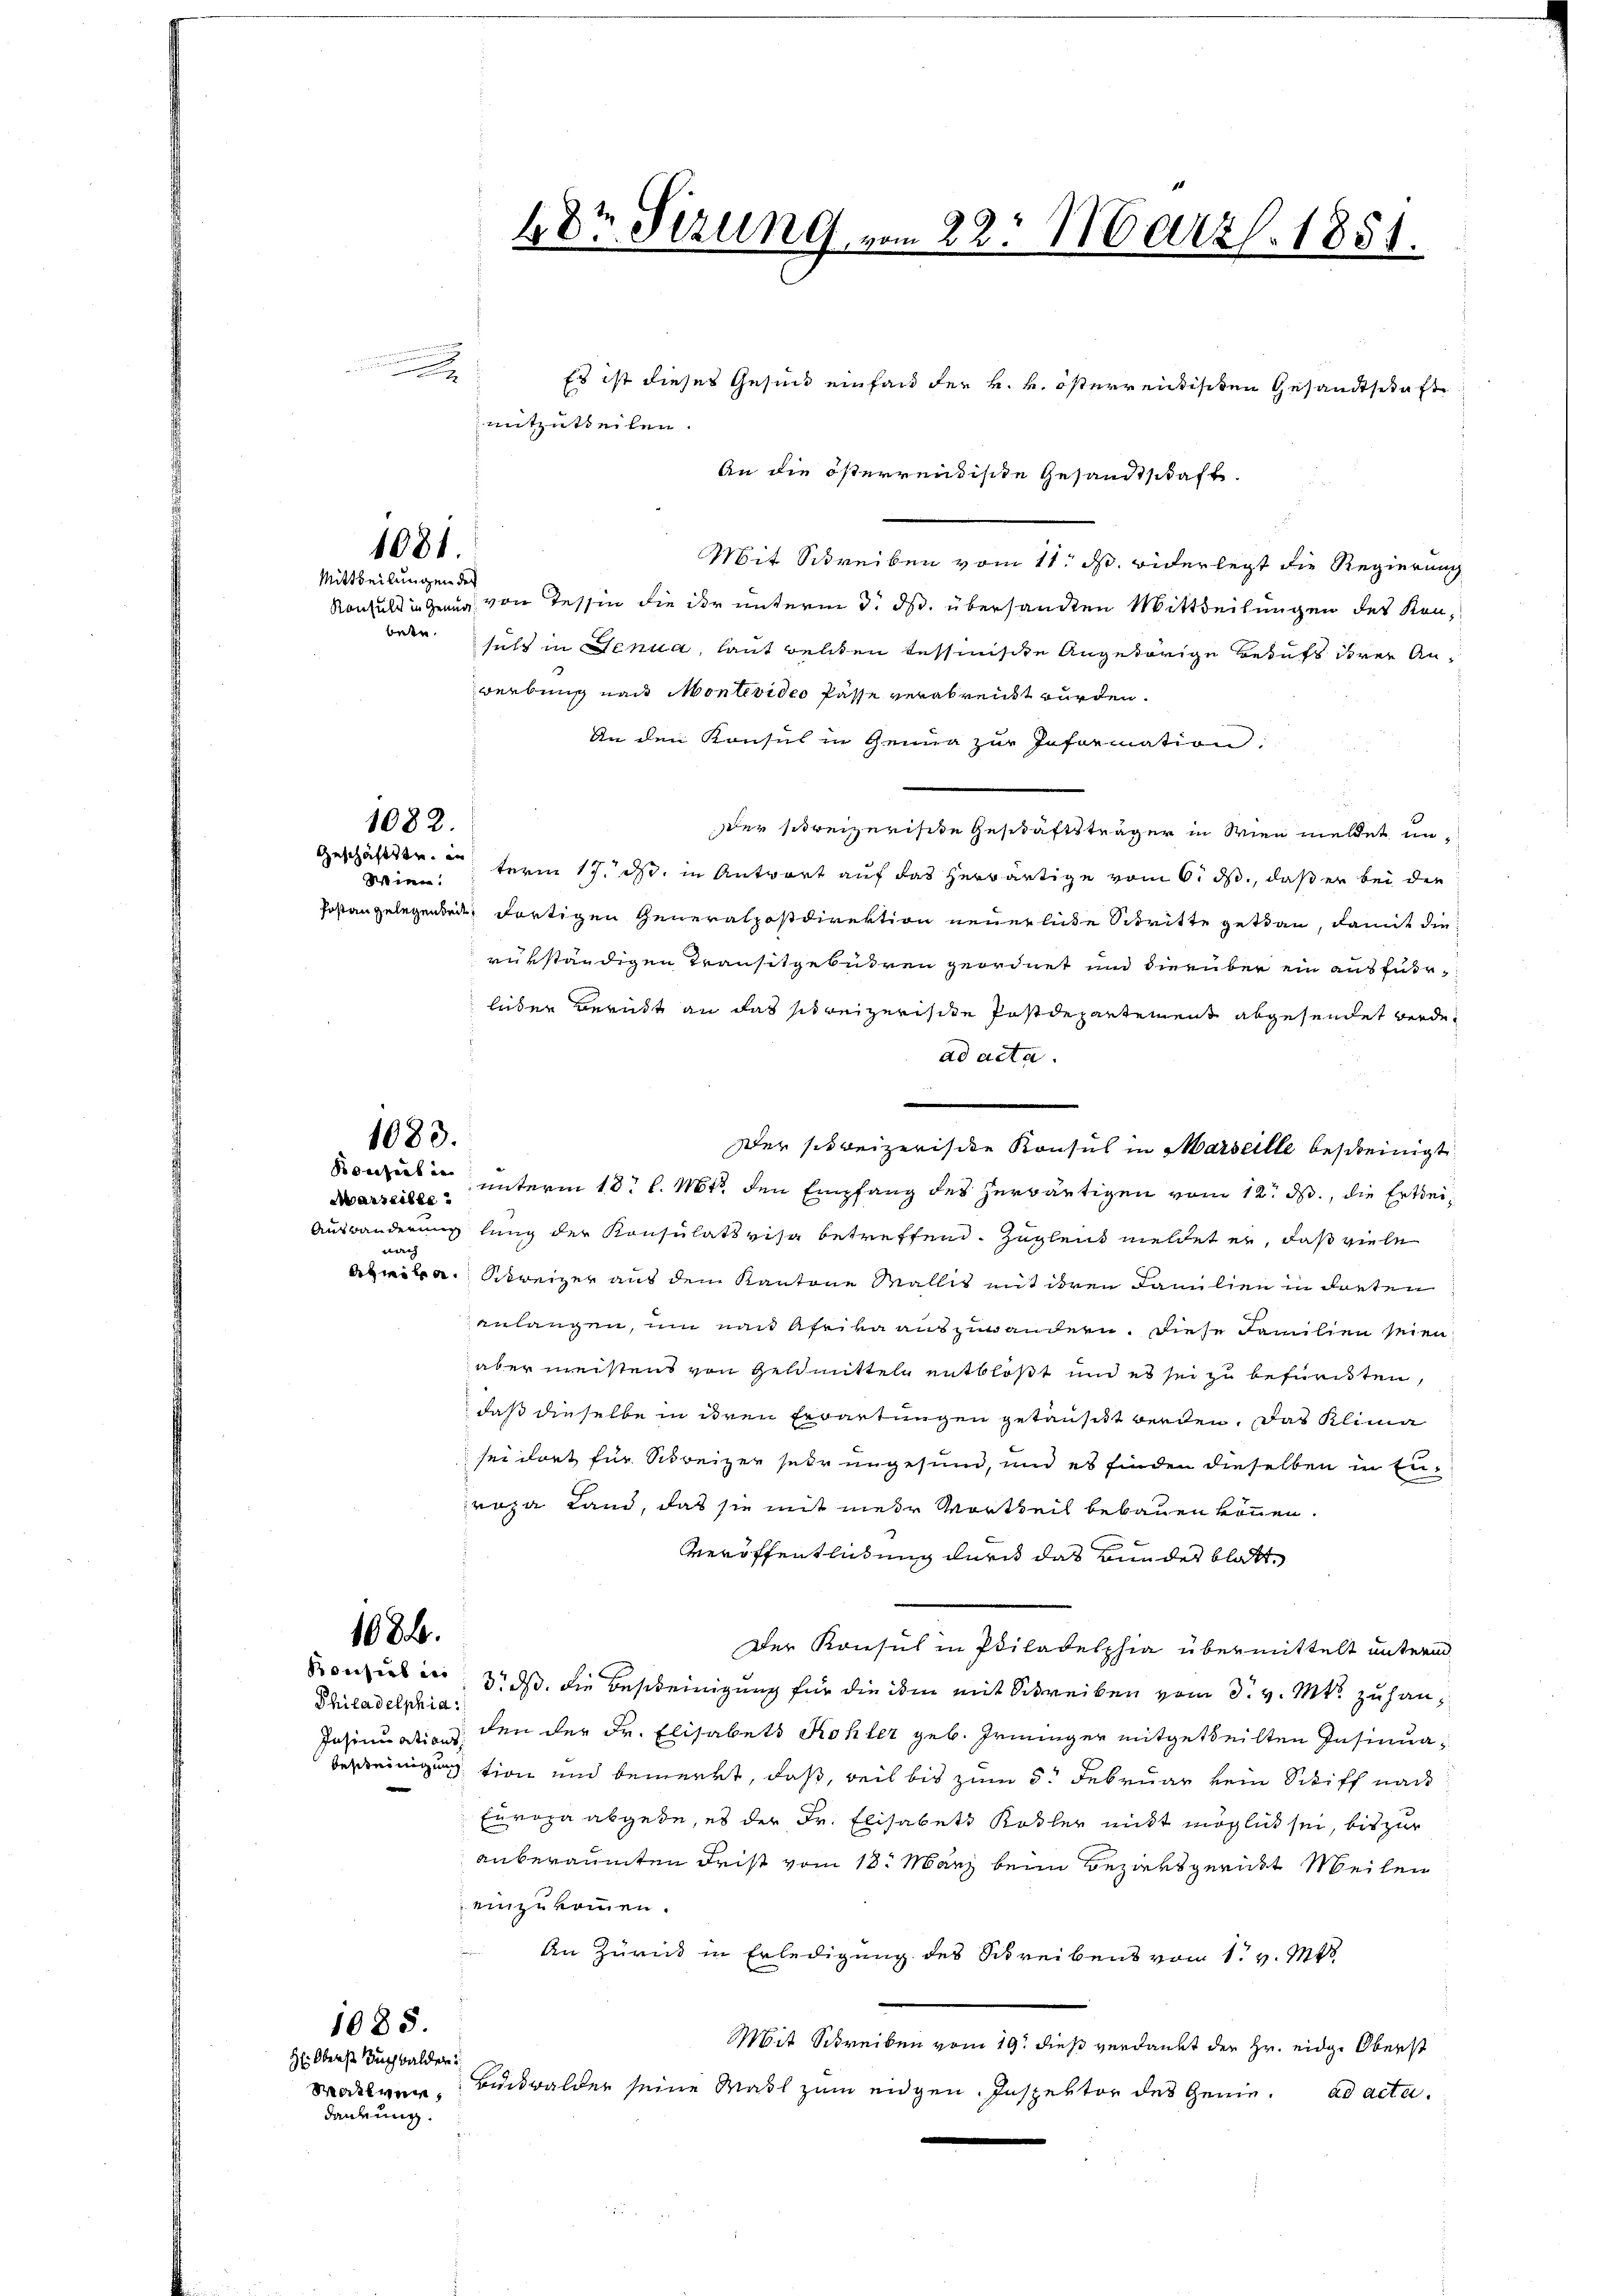
Mit Schreiben vom 11. ds. widerlegt die Regierung
Konsul in Gang von Tessin die der unterm 3. ds. übersandten Mittheilungen des Konweder sicht in Genua, laut gelten Tessinische Angehörige Behufs derer Anwerbung nach Montevideo Pässe verabreicht wurden.
An den Konsul in Genua zur Information:
dder schweizerische Geschäftsträger in Wien meldet un¬
Geschäftstr. unterm 17. ds. in Antwort auf das herwärtige vom 6. ds., daß er bei der
Postangelegenden dortigen Generalpostdirektion neuerliche Schritte getan, damit die
rükständigen Transitgebühren geordnet und hierüber ein ausführleder Beruht an das schweizerischen Postdepartement abgesendet werde.
ad acta.
er schweizerische Konsul in Marseille bescheinigt.
Konzerten unterm 13. l. Mts. den Empfang des herwärtigen vom 12. ds., die Erthei¬
Auswanderung lang der Konsulativisa betreffend Zugleich meldet er, daß viele
nach
aprika Schweizer aus dem Kantone Wallit mit deren Familien in darten
anlangen, um nach Afrika auszuwandern. Diese Familien seien
aber meistens von Geldmittel entblößt und es sei zu befürdten,
daß dieselbe in deren Erwartungen getauft werden. Das Klima
sei dort für Schreizer sehr ungesund, und es finden dieselben in Enropa Land, daß sie mit mehr Vortheil bebauen können.
Veröffentlichtung durch das Bundes blatt
1684.
Der Konsul in Philadelphia übermittelt unterm
Konsul in 3. ds. die Bescheinigung für die ihm mit Schreiben vom 3. v. Mts. zu han¬
Philadelphia:
den der Dr. Elisabets Kohler geb. Irminger mitgetheilten Insinua¬
Insinuations
Bescheinigung
tion und bemerkt, daß, weil bis zum 5. Februar kein Schiff nach
Europa abgebe, es der Dr. Elisabets Kobler nicht möglich sei, bis zur
anberaumten Frist vom 18. März beim Bezirksgericht Meilen
einzukommen.
An Zurück in Erledigung des Schreibens vom 1. v. Mts.
1085.
Mit Schreiben vom 19. dieß verdankt der Hr. eidge Oberst
H: Oberst auch balder
Maklver, Buckwalder seine Mahl zum eigen. Inspektor des Genie. ad acta.
dardung.

Wine:

Marseite

4 Dr. Sizung vom 22. März 1851.

Es ist dieses Gesind einfand der k. k. österrentischen Gesandtschaft
mitzutheilen.
An die österrentische Gesandtschaft

1081.
Mittheilungen des

1082.

1083.